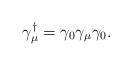
LaTeX: \begin{align*}\gamma_{\mu}^{\dagger}=\gamma_0\gamma_{\mu}\gamma_0.\end{align*}